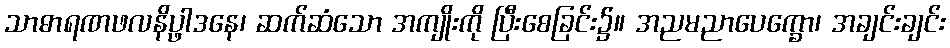
သာဓာရဏဖလနိပ္ဖာဒနေ၊ ဆက်ဆံသော အကျိုးကို ပြီးစေခြင်း၌။ အညမညာပေက္ခော၊ အချင်းချင်း